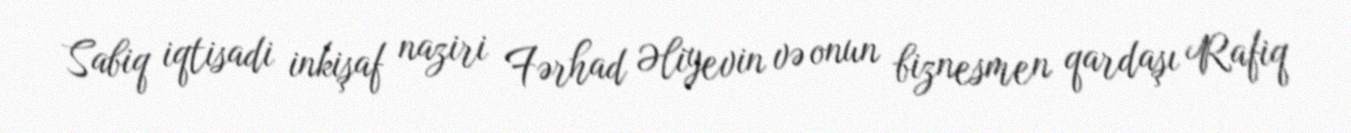
Sabiq iqtisadi inkişaf naziri Fərhad Əliyevin və onun biznesmen qardaşı Rafiq